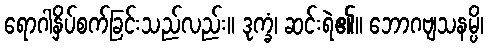
ရောဂါနှိပ်စက်ခြင်းသည်လည်း။ ဒုက္ခံ၊ ဆင်းရဲ၏။ ဘောဂဗျသနမ္ပိ၊